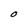
Character: O